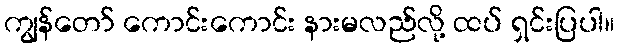
ကျွန်တော် ကောင်းကောင်း နားမလည်လို့ ထပ် ရှင်းပြပါ။